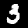
Label: 3